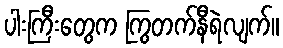
ပါးကြီးတွေက ကြွတက်နီရဲလျက်။